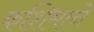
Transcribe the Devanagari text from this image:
कशिमाने